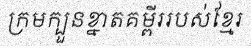
ក្រមក្បួនខ្នាតគម្ពីររបស់ខ្មែរ